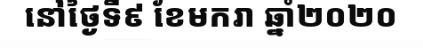
នៅថ្ងៃទី៩ ខែមករា ឆ្នាំ២០២០